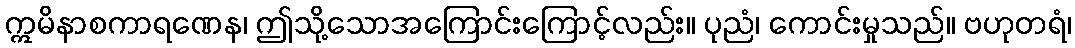
ဣမိနာစကာရဏေန၊ ဤသို့သောအကြောင်းကြောင့်လည်း။ ပုညံ၊ ကောင်းမှုသည်။ ဗဟုတရံ၊